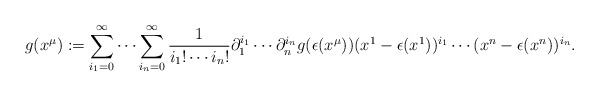
\begin{align*}g(x^{\mu}):=\sum_{i_1=0}^{\infty}\cdots\sum_{i_n=0}^{\infty}\frac{1}{i_1!\cdots i_n!}\partial_1^{i_1}\cdots \partial_n^{i_n}g(\epsilon(x^{\mu})) (x^1-\epsilon(x^1))^{i_1}\cdots(x^n-\epsilon(x^n))^{i_n}.\end{align*}